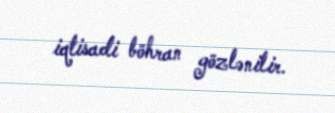
iqtisadi böhran gözlənilir.